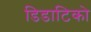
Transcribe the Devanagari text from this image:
डिडाटिको